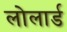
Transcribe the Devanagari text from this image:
लोलार्ड